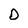
Character: D